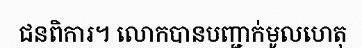
ជនពិការ។ លោកបានបញ្ជាក់មូលហេតុ